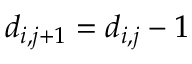
d _ { i , j + 1 } = d _ { i , j } - 1